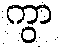
ကွာ